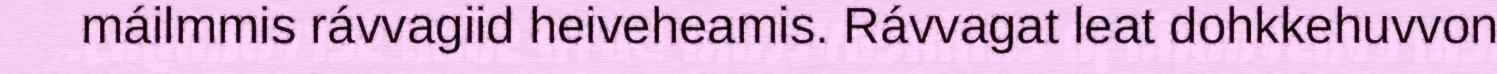
máilmmis rávvagiid heiveheamis. Rávvagat leat dohkkehuvvon